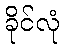
ခိုင်လုံ